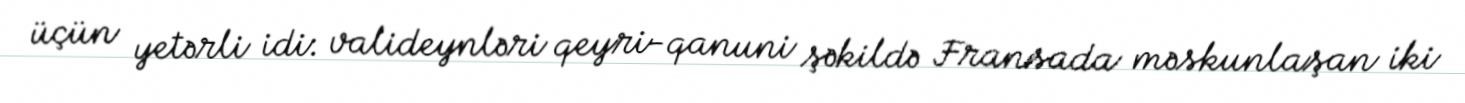
üçün yetərli idi: valideynləri qeyri-qanuni şəkildə Fransada məskunlaşan iki